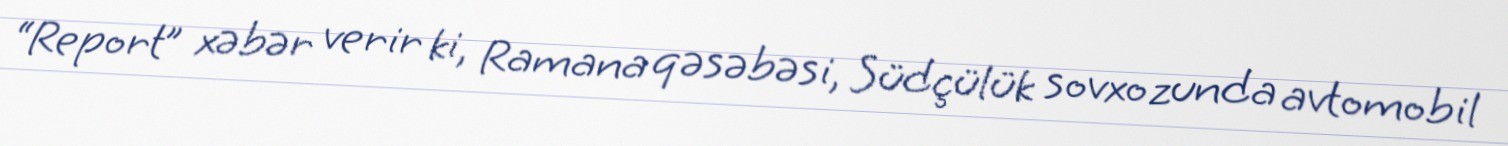
“Report” xəbər verir ki, Ramana qəsəbəsi, Südçülük sovxozunda avtomobil